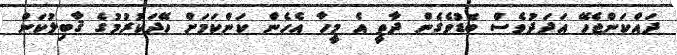
ދައްކަންޖެހޭ އަދަދުވެސް ބޮޑުވެގެން ދާތީ އެ މީހާ އެހެން ކަންކަމަށް ހޭދަކުރުމުގެ ޤާބިލުކަން